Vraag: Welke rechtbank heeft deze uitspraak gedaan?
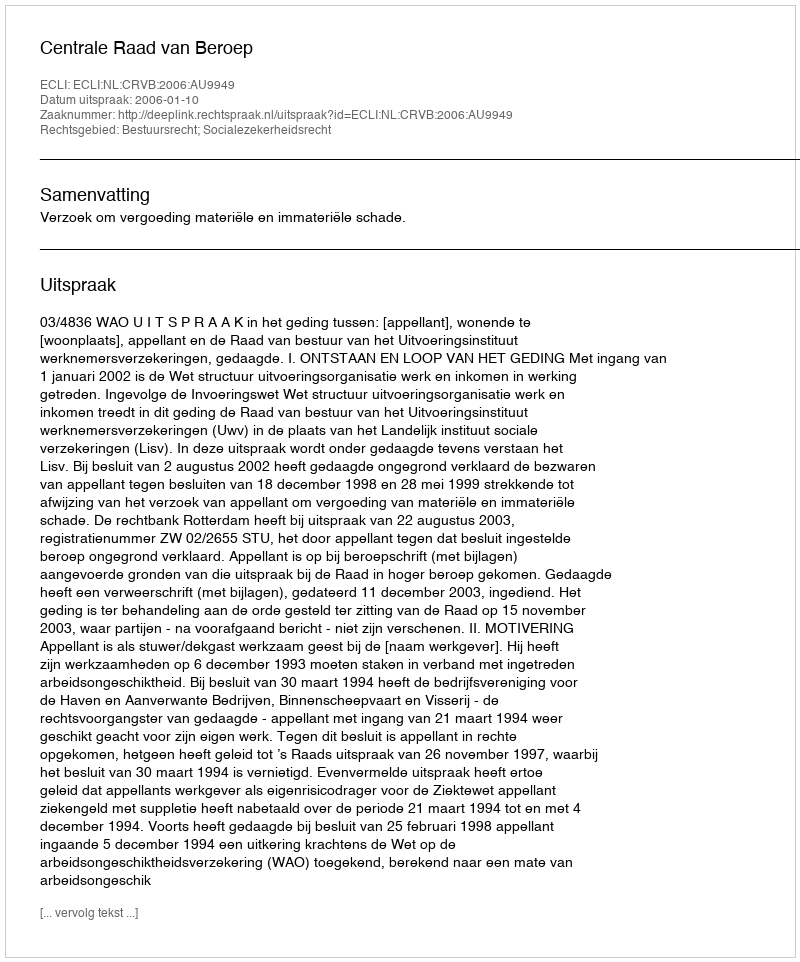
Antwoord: Centrale Raad van Beroep